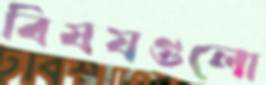
বিষযগুলো